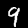
Digit: 9